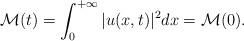
LaTeX: \begin{align*}\mathcal{M}(t)=\int_0^{+\infty}|u(x,t)|^2dx=\mathcal{M}(0).\end{align*}